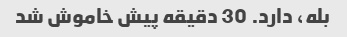
بله، دارد. 30 دقیقه پیش خاموش شد